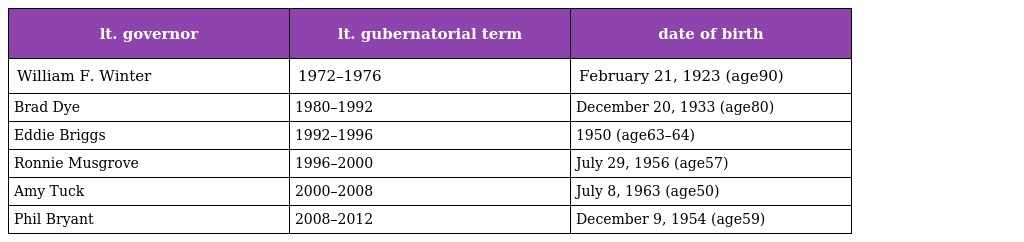
| lt. governor | lt. gubernatorial term | date of birth |
 | --- | --- | --- |
 | William F. Winter | 1972–1976 | February 21, 1923 (age90) |
 | Brad Dye | 1980–1992 | December 20, 1933 (age80) |
 | Eddie Briggs | 1992–1996 | 1950 (age63–64) |
 | Ronnie Musgrove | 1996–2000 | July 29, 1956 (age57) |
 | Amy Tuck | 2000–2008 | July 8, 1963 (age50) |
 | Phil Bryant | 2008–2012 | December 9, 1954 (age59) |